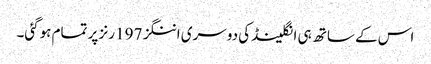
اس کے ساتھ ہی انگلینڈ کی دوسری اننگز 197 رنز پر تمام ہوگئی۔